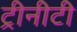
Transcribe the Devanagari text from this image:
ट्रीनीटी